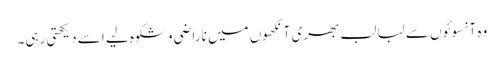
وہ آنسوئوں سے لبا لب بھری آنکھوں میں ناراضی و شکوہ لیے اسے دیکھتی رہی۔